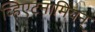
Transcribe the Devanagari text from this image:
व्हिएटनामियन्